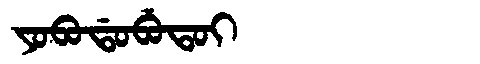
Manchu: ᠶᠣᠪᠣᡩᠣᠪᡠᡨᠣᡳ
Romanization: YOBODOBUTOI